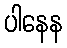
ပါနေန